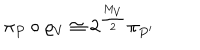
\pi _ { P } \circ \varrho _ { V } \cong 2 ^ { \frac { M _ { V } } { 2 } } \pi _ { P ^ { \prime } }